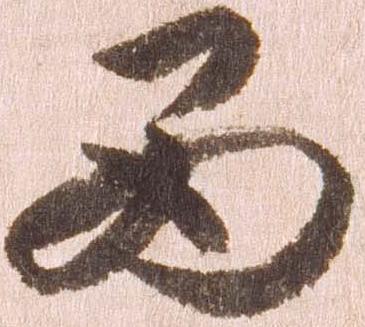
西